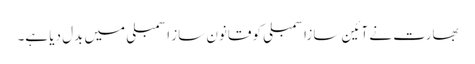
بھارت نے آئین سازاسمبلی کو قانون ساز اسمبلی میں بدل دیا ہے۔